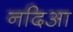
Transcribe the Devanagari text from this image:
नदिआ